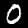
Label: 0